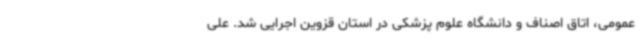
عمومی، اتاق اصناف و دانشگاه علوم پزشکی در استان قزوین اجرایی شد. علی